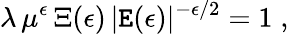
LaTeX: \lambda\, \mu^{\epsilon}\, \Xi(\epsilon)\, |\mathtt{E}(\epsilon)|^{-\epsilon/2}=1\; ,